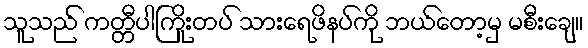
သူသည် ကတ္တီပါကြိုးတပ် သားရေဖိနပ်ကို ဘယ်တော့မှ မစီးချေ။